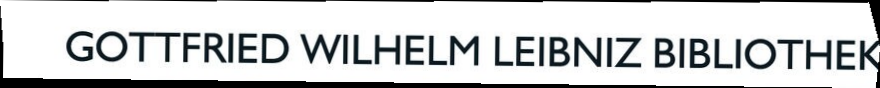
GOTTFRIED WILHELM LEIBNIZ BIBLIOTHEK